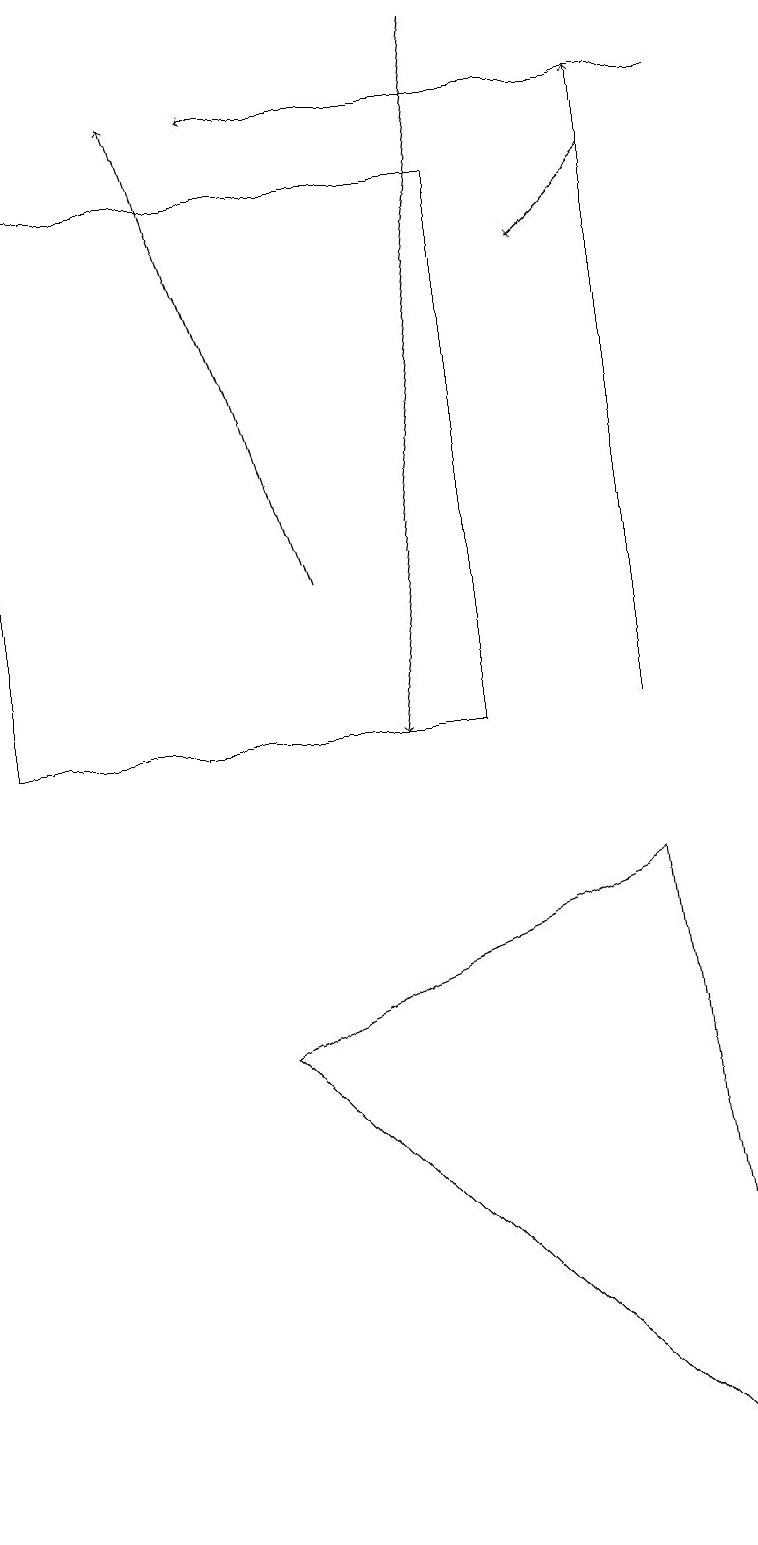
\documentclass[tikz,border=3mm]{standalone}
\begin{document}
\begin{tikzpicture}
\draw[->] (6,19) -- (5,10);
\draw[->] (4,12) -- (2,18);
\draw[->] (8,17) -- (7,16);
\draw[->] (9,18) -- (3,18);
\draw[->] (8,10) -- (8,18);
\draw (0,10) rectangle (6,17);
\draw (9,0) -- (3,6) -- (8,8) -- cycle;
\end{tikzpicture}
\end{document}